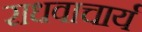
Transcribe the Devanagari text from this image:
राधवाचार्य